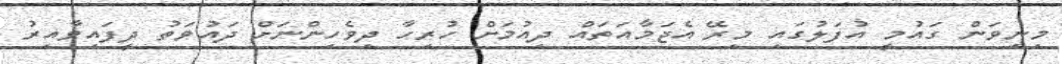
މިނިވަން ގައުމީ އުފަލުގައި މިރޭ އެޖަމާއަތައް ދިއުމަށް ހުރިހާ ދިވެހިންނަށް ދައުވަތު ދީފައިވާއިރު